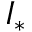
I _ { \ast }